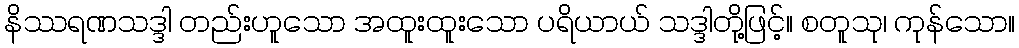
နိဿရဏသဒ္ဒါ တည်းဟူသော အထူးထူးသော ပရိယာယ် သဒ္ဒါတို့ဖြင့်။ စတူသု၊ ကုန်သော။